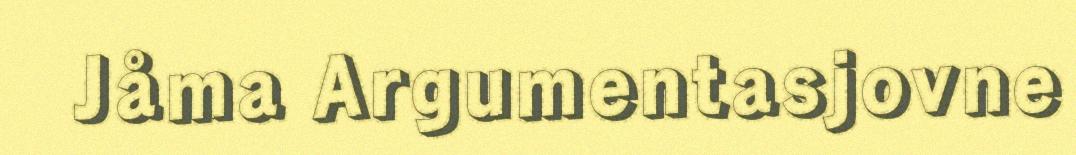
Jåma Argumentasjovne